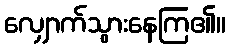
လျှောက်သွားနေကြ၏။